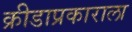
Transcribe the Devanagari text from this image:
क्रीडाप्रकाराला